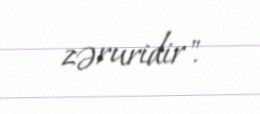
zəruridir".